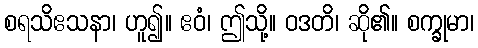
စရသိဧသနာ၊ ဟူ၍။ ဧဝံ၊ ဤသို့။ ဝဒတိ၊ ဆို၏။ စက္ခုမာ၊